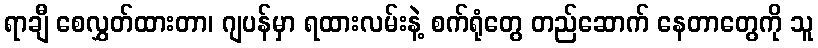
ရာချီ စေလွှတ်ထားတာ၊ ဂျပန်မှာ ရထားလမ်းနဲ့ စက်ရုံတွေ တည်ဆောက် နေတာတွေကို သူ